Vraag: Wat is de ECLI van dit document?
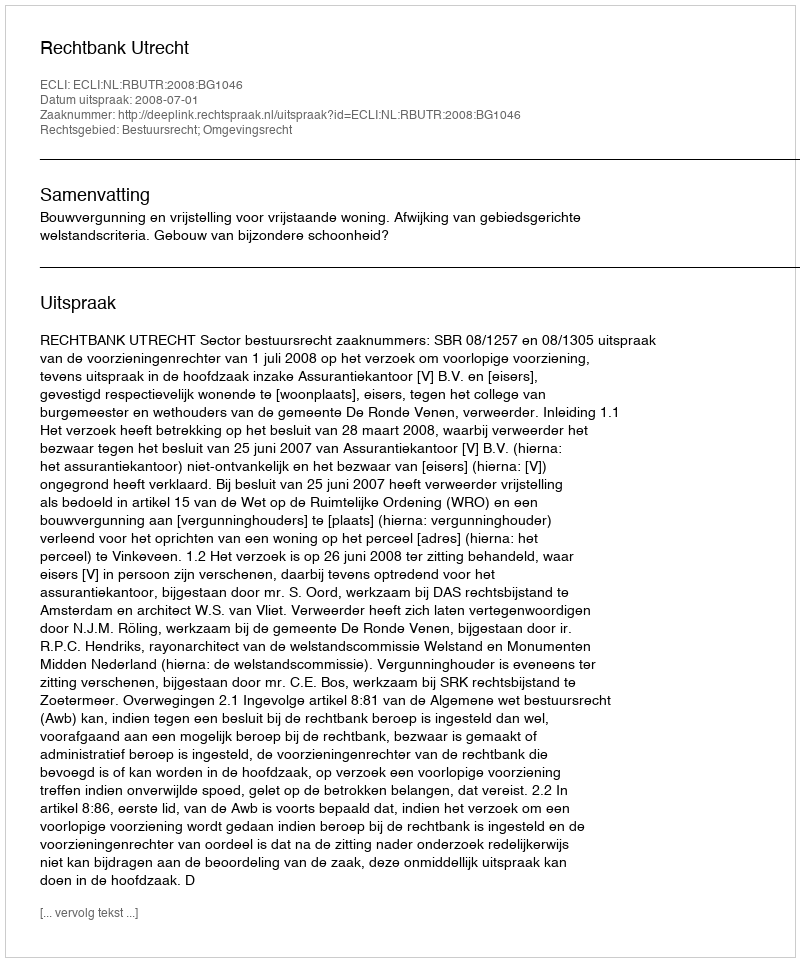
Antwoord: ECLI:NL:RBUTR:2008:BG1046